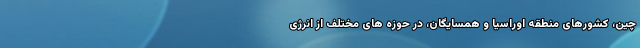
چین، کشورهای منطقه اوراسیا و همسایگان، در حوزه های مختلف از انرژی